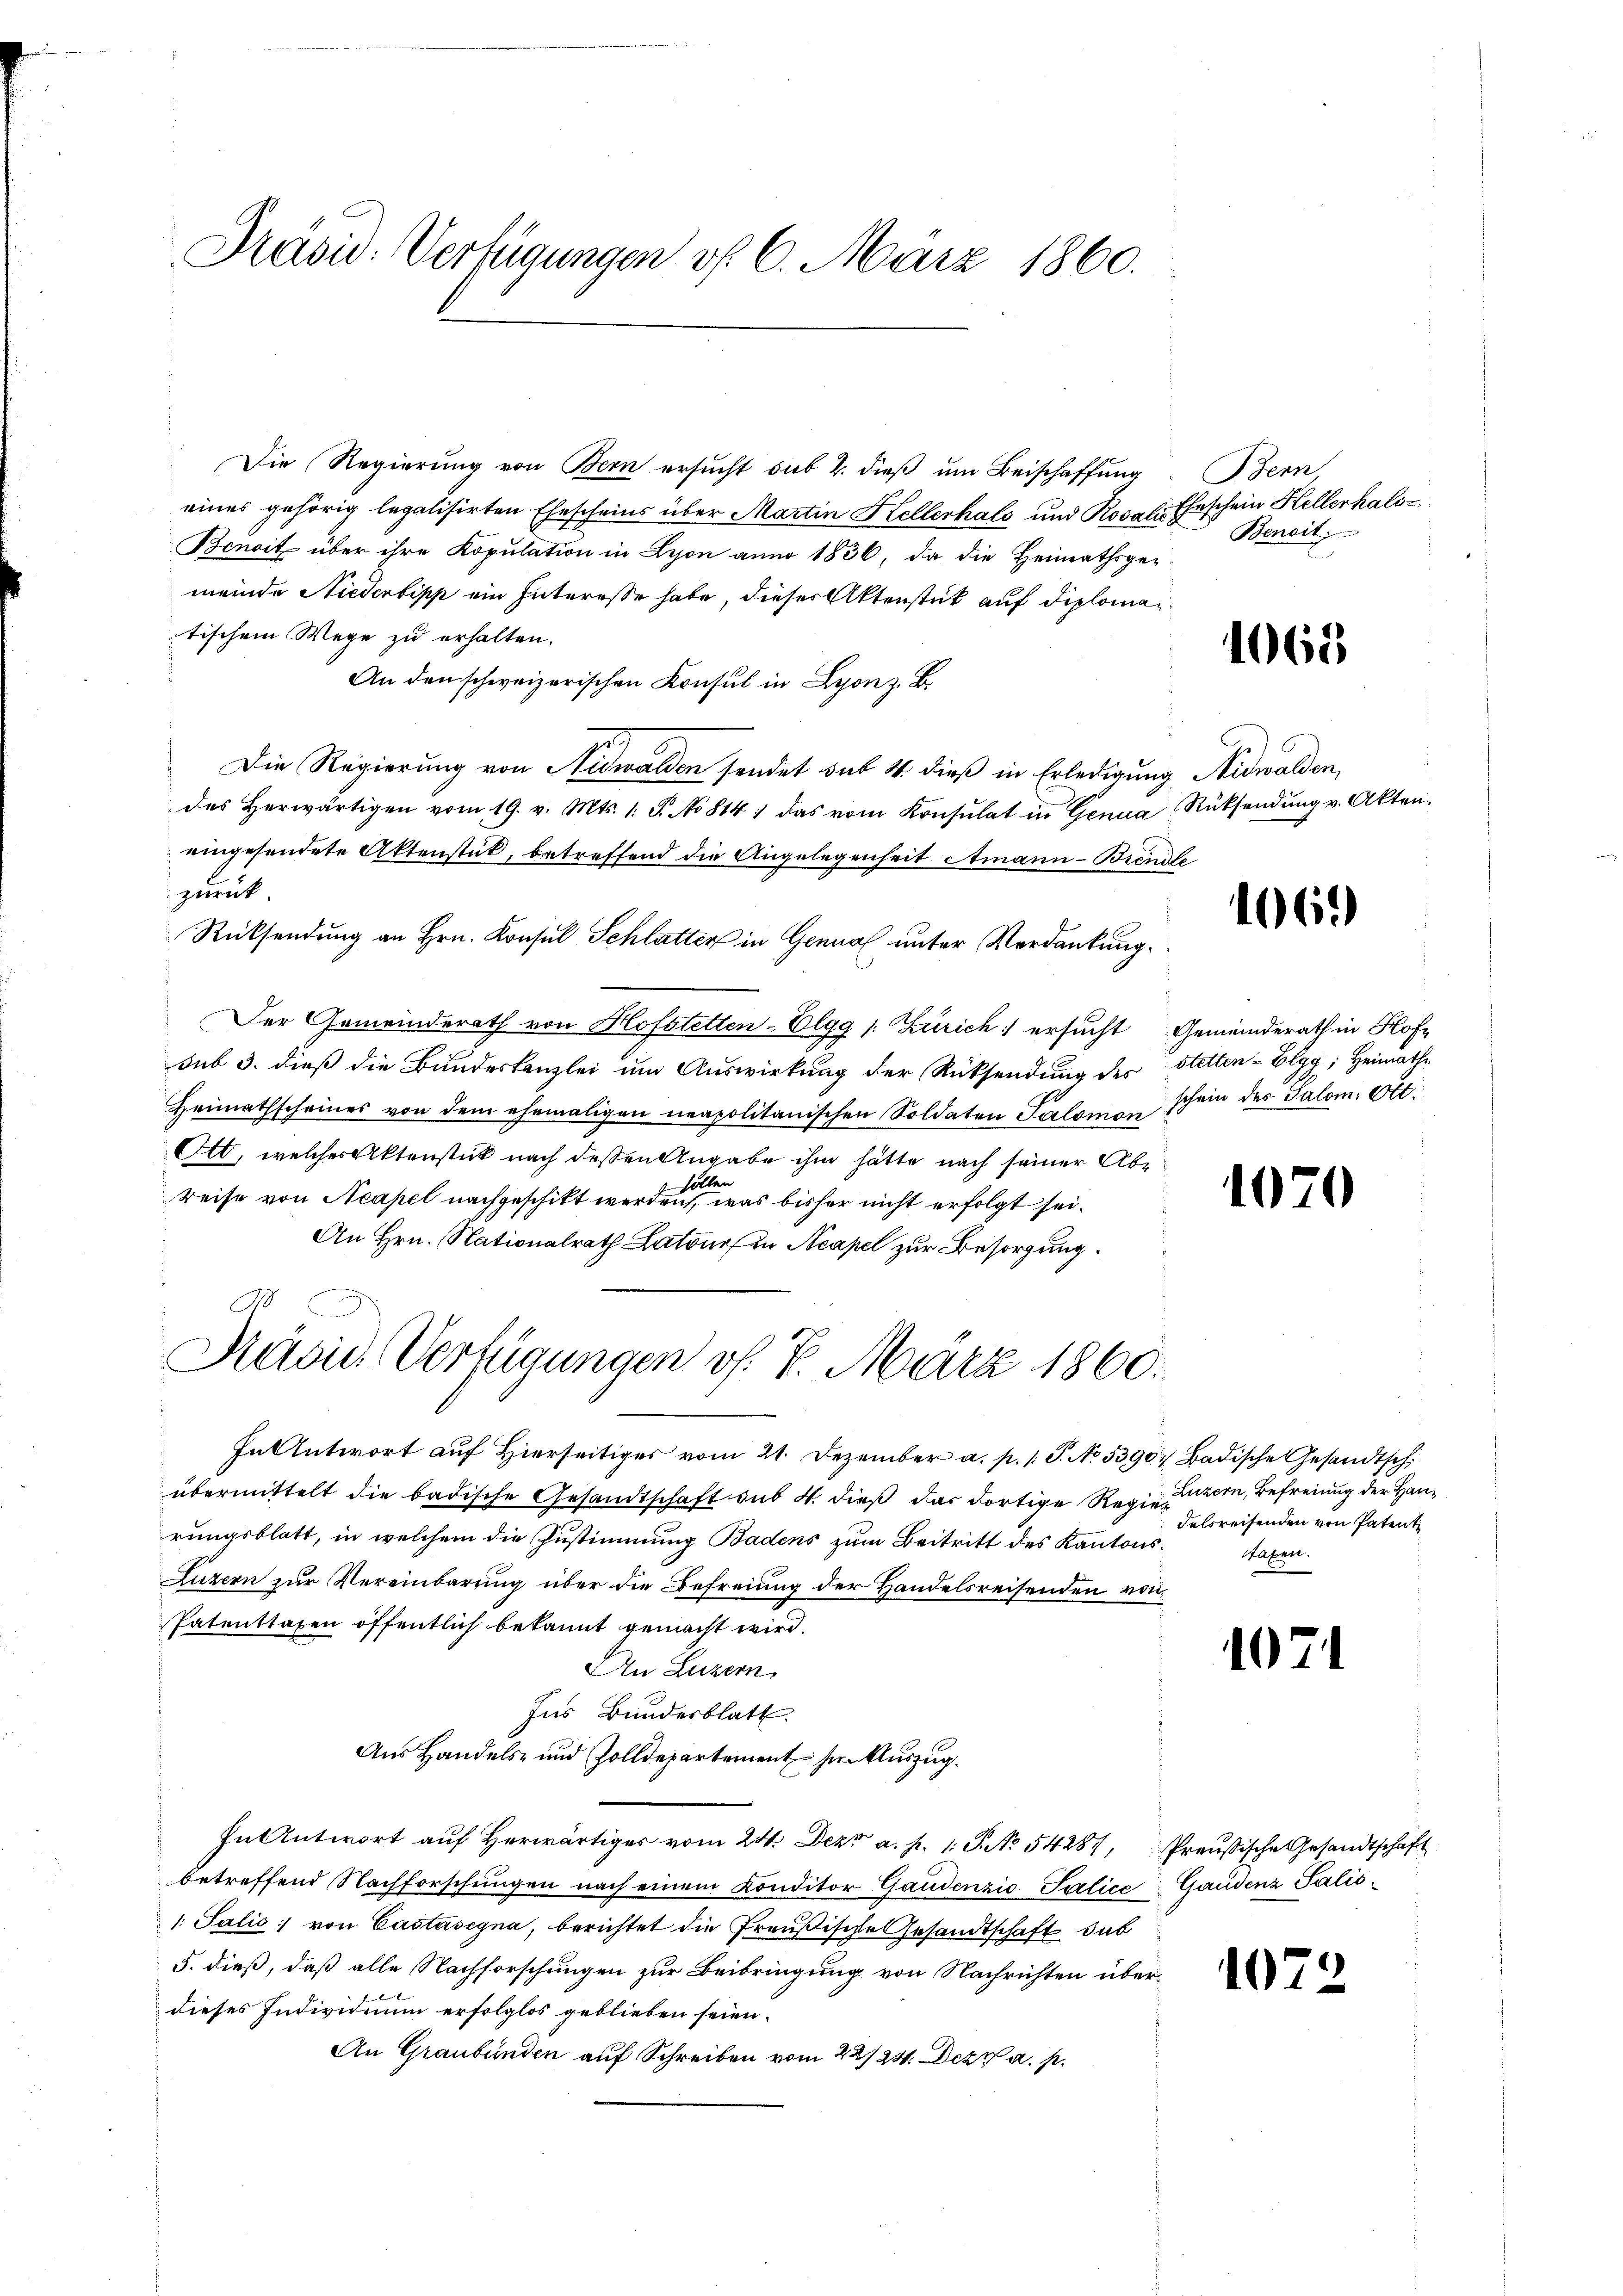
Präsid. Verfügungen v. 6. März 1860.

Die Regierung von Bern ersucht sub 2. dieß um Beischaffung
eines gehörig legalisirten Ehescheins über Martin Hellerhals und Rosals Eheschein Hellerhals-
Benoit über ihre Kopulation in Lyon anno 1836, da die Heimathsgemeinde Niederlipp ein Interesse habe, dieser Aktenstück auf diploman
tischem Wege zu erhalten.
An den schweizerischen Konsul in Lyon z. B.
Die Regierung von Nidwalden sendet sat 4. dieß in Erledigung Nidwalden,
des herwärtigen vom 19. v. Mts. 1. S. No 814 ; das vom Konsulat in Genua Rücksendŭng v. Akten.
eingesendete Aktenstück, betreffend die Angelegenheit Atmann - Brende
zurück
Rücksendung an Hrn. Konsul Schlatter in Genua unter Verdankung.
Der Gemeinderath von Hofstetten-Elgg /: Zürich ersucht Gemeinderath in Hofsub 3. dieß die Bundeskanzlei um Auswirkung der Rücksendung des Stetten-Elgg, Heimathe
Heimathscheines von dem ehemaligen neapolitanischen Soldaten Salomon schein des Salom: Ott.
Ott, welches Aktenstück nach deßen Angabe ihm hätte nach seiner Ab¬
7 sollen
reise von Neapel nachgeschikt werden, was bisher nicht erfolgt sei.
An Hrn. Nationalrath Latours in Neapel zur Besorgung.
M
Ravia Verfügungen f. 4. März 1860.
In Antwort auf Hierseitiges vom 21. Dezember a. p. 1 S. No. 5390 Badische Gesandtschi
übermittelt die badische Gesandtschaft sub 4. dieß das dortige Regierten, Befreiung der Hanrungsblatt, in welchem die Zustimmung Badens zum Beitritt des Kantons¬
Luzern zur Vereinbarung über die Befreiung der Handelsreisenden von
Patenttaxen öffentlich bekannt gemacht wird.
An Luzern.
Ins Bundesblatt.
Aus Handels- und Zolldepartement zur Auszug.
In Antwort aŭf herwärtiges vom 24. Dez. a. p. 1. P. No 54287, Preußische Gesandtschaft
betreffend Nachforschungen nach einem Konditor Gandenzio Salice Gaudenz Salis¬
1. Salis von Castasegna, berichtet die Preußische Gesandtschaft dab
5. dieß, daß alle Nachforschungen zur Beibringung von Nachrichten überdieses Individuum erfolglos geblieben seien.
An Graubünden auf Schreiben vom 22/20. Dez. a. p.

Bern,
Benoit.

1065

106.

1070

delsreisenden von Patente
staben.

107

1072